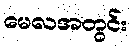
မေလအတွင်း